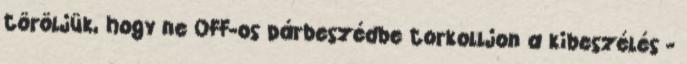
töröljük, hogy ne OFF-os párbeszédbe torkolljon a kibeszélés -